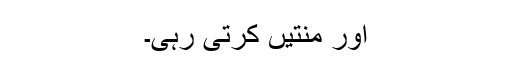
اور منتیں کرتی رہی۔